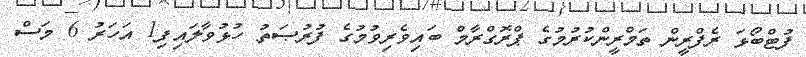
ފުޓްބޯޅަ ރެފްރީން ތަމްރީންކުރުމުގެ ޕްރޮގްރާމް ބައިވެރިވުމުގެ ފުރުޞަތު ހުޅުވާލައިފި1 އަހަރު 6 މަސް